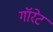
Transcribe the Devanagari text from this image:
गॉरेट